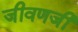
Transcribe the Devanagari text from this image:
जीवणजी